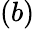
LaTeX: \left(b\right)